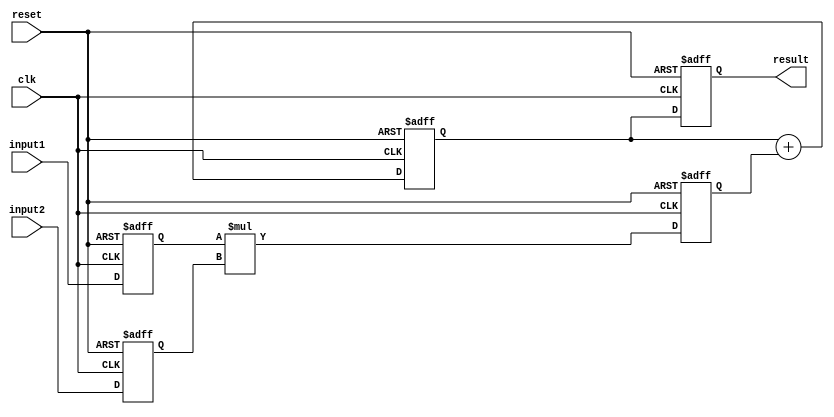
module multiplier(
    input wire clk,
    input wire reset,
    input wire [7:0] input1,
    input wire [7:0] input2,
    output reg [15:0] result
);

reg [7:0] reg_input1;
reg [7:0] reg_input2;
reg [15:0] product;
reg [15:0] accumulator;

always @(posedge clk or posedge reset) begin
    if (reset) begin
        reg_input1 <= 8'h00;
        reg_input2 <= 8'h00;
        product <= 16'h0000;
        accumulator <= 16'h0000;
        result <= 16'h0000;
    end else begin
        reg_input1 <= input1;
        reg_input2 <= input2;
        product <= reg_input1 * reg_input2;
        accumulator <= accumulator + product;
        result <= accumulator;
    end
end

endmodule